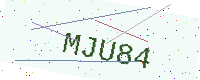
Text: MJU84